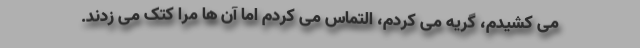
می کشیدم، گریه می کردم، التماس می کردم اما آن ها مرا کتک می زدند.